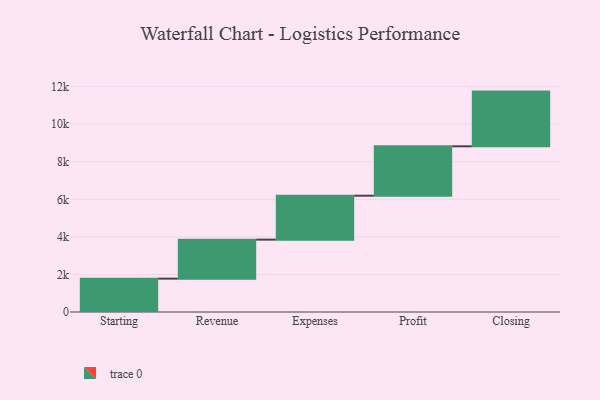
{"axis": {"x": "Step", "y": "Value"}, "legend": [""], "data": [{"x": "Starting", "y": 1776.0, "type": ""}, {"x": "Revenue", "y": 2076.0, "type": ""}, {"x": "Expenses", "y": 2340.0, "type": ""}, {"x": "Profit", "y": 2630.0, "type": ""}, {"x": "Closing", "y": 2912.0, "type": ""}]}